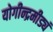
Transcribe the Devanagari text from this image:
योगीन्द्रमीड्यं